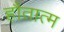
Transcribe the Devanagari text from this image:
हौतात्म